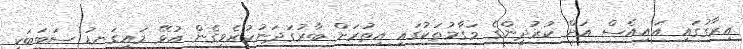
އިރާގުގައި އައިއެސް އަށް ކުރުދީންގެ މަގާމުތަކުގައި އިތުރަށް ބާރުގަދަނުކުރެވިގެން އުޅޭ މައިގަނޑު ސަބަބަކީ